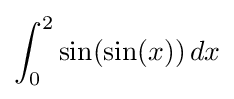
\int _{0}^{2}\sin(\sin(x))\,dx